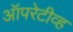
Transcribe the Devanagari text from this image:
ऑपरेटीव्ह